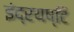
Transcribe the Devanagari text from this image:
इंद्रयष्टि